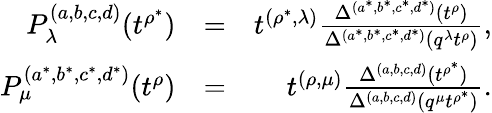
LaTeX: \begin{array}{rlr}{P_{\lambda}^{(a,b,c,d)}(t^{\rho^{*}})}&{=}&{t^{(\rho^{*},\lambda)}\frac{\Delta^{(a^{*},b^{*},c^{*},d^{*})}(t^{\rho})}{\Delta^{(a^{*},b^{*},c^{*},d^{*})}(q^{\lambda}t^{\rho})},}\\ {P_{\mu}^{(a^{*},b^{*},c^{*},d^{*})}(t^{\rho})}&{=}&{t^{(\rho,\mu)}\frac{\Delta^{(a,b,c,d)}(t^{\rho^{*}})}{\Delta^{(a,b,c,d)}(q^{\mu}t^{\rho^{*}})}.}\end{array}